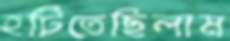
হটিতেছিলাম